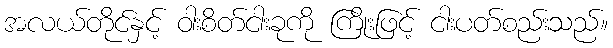
အလယ်တိုင်နှင့် ဝါးစိတ်ငါးခုကို ကြိုးဖြင့် ငါးပတ်စည်းသည်။